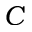
C